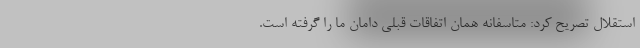
استقلال تصریح کرد: متاسفانه همان اتفاقات قبلی دامان ما را گرفته است.